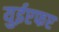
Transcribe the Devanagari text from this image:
युईएफए